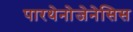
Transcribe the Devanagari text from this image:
पारथेनोजेनेसिस